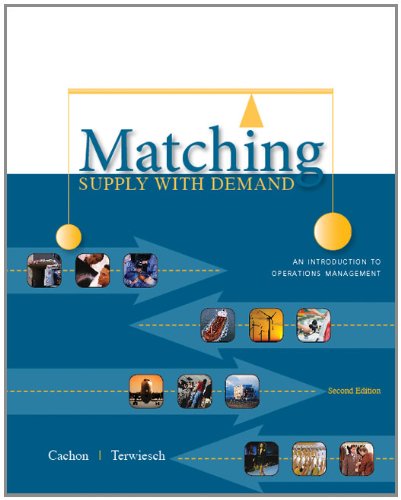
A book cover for Matching Supply with Demand: An Introduction to Operations Management; Gerard Cachon; Business & Money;